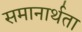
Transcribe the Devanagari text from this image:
समानार्थता